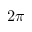
2 \pi